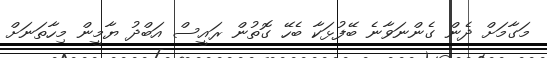
މަގާމަށް ދެން ގެންނަވާނެ ބޭފުޅަކާ ބެހޭ ގޮތުން ރައީސް އަބްދު ޔާމީން މިހާތަނަށް